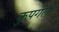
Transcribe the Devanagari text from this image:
कुपगल